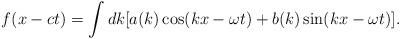
LaTeX: \begin{align*}f(x-ct)=\int dk[a(k)\cos (kx-\omega t)+b(k)\sin (kx-\omega t)].\end{align*}